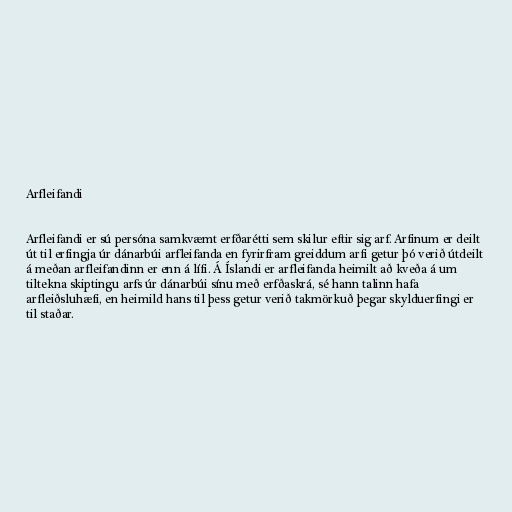
Arfleifandi

Arfleifandi er sú persóna samkvæmt erfðarétti sem skilur eftir sig arf. Arfinum er deilt
út til erfingja úr dánarbúi arfleifanda en fyrirfram greiddum arfi getur þó verið útdeilt
á meðan arfleifandinn er enn á lífi. Á Íslandi er arfleifanda heimilt að kveða á um
tiltekna skiptingu arfs úr dánarbúi sínu með erfðaskrá, sé hann talinn hafa
arfleiðsluhæfi, en heimild hans til þess getur verið takmörkuð þegar skylduerfingi er
til staðar.